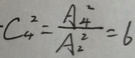
\cdot C _ { 4 } ^ { 2 } = \frac { A _ { 4 } ^ { 2 } } { A _ { 2 } ^ { 2 } } = 6